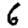
Digit: 6